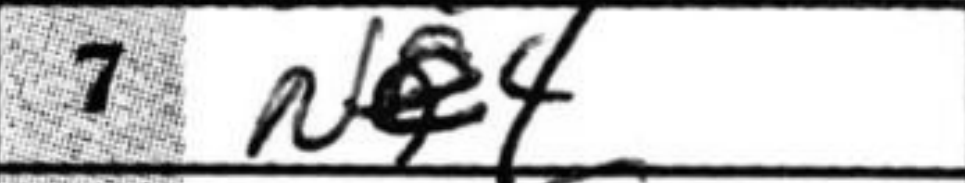
Transcription: Ne4